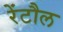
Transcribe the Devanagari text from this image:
रेंटौल